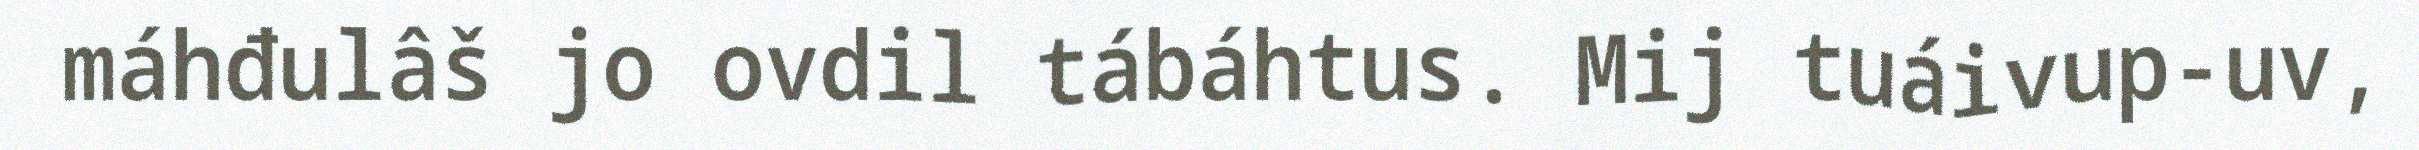
máhđulâš jo ovdil tábáhtus. Mij tuáivup-uv,